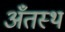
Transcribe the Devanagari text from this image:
अँतस्थ